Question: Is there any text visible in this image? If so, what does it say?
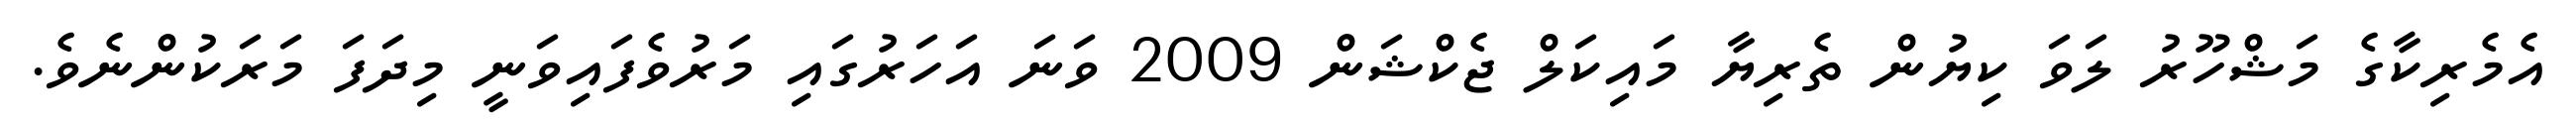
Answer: އެމެރިކާގެ މަޝްހޫރު ލަވަ ކިޔުން ތެރިޔާ މައިކަލް ޖެކްޝަން 2009 ވަނަ އަހަރުގައި މަރުވެފައިވަނީ މިދަފަ މަރަކުންނެވެ.